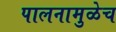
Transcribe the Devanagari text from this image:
पालनामुळेच